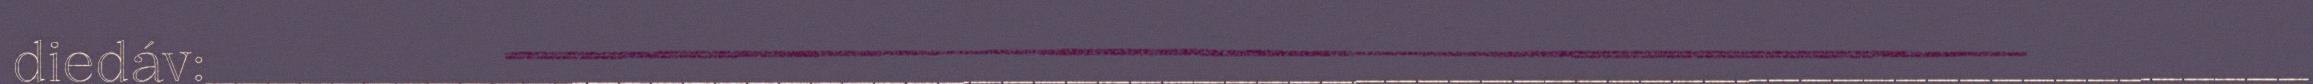
diedáv:__________________________________________________________________